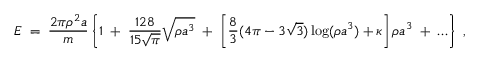
{ \cal E } \; = \; { \frac { 2 \pi \rho ^ { 2 } a } { m } } \left\{ 1 \; + \; { \frac { 1 2 8 } { 1 5 \sqrt { \pi } } } \sqrt { \rho a ^ { 3 } } \; + \; \left[ { \frac { 8 } { 3 } } ( 4 \pi - 3 \sqrt { 3 } ) \log ( \rho a ^ { 3 } ) + \kappa \right] \rho a ^ { 3 } \; + \; \ldots \right\} \; ,